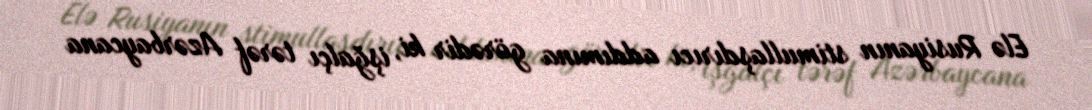
Elə Rusiyanın stimullaşdırıcı addımına görədir ki, işğalçı tərəf Azərbaycana